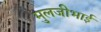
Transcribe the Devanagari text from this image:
मुलजीभाई